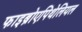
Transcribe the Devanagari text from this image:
फाइब्रोएपिथेलियल